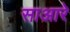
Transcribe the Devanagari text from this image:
साआरे